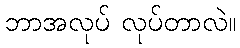
ဘာအလုပ် လုပ်တာလဲ။